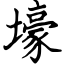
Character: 壕